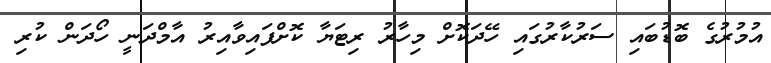
އުމުރުގެ ބޮޑުބައި ސަރުކާރުގައި ހޭދަކޮށް މިހާރު ރިޓަޔާ ކޮށްފައިވާއިރު އާމްދަނީ ހޯދަން ކުރި